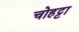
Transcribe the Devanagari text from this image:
चोहट्टा